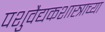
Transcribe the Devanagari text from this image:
पशुवैद्यकशास्त्राच्या